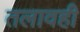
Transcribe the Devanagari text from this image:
तलावही